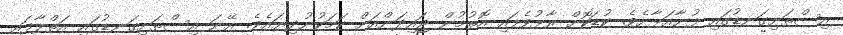
އިސްތަށިގަނޑުގައި ފުނާއަޅާށެވެ. ކުޑަކޮށް ރާޅުވެފައި އޮތުމުން ޖައިދަންއަށް ކަމަކުނުދިޔައެވެ. އޭނަ އިސްތަށިގަނޑުގައި އަތްލާފައި